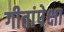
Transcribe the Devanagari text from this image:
गीतांपेक्षा